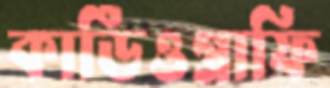
কার্ডিওগ্রাফি